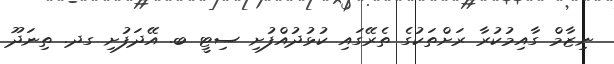
ނިޒާމް ގާއިމުކުރާ ރަށްތަކުގެ ތެރޭގައި ކުޅުދުއްފުށި ސިޓީ ބ. އޭދަފުށި ގދ. ތިނަދޫ